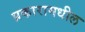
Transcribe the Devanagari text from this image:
प्रकारामधील